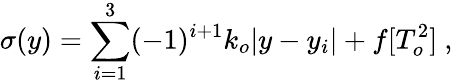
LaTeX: \sigma(y)=\sum_{i=1}^{3}(-1)^{i+1}k_{o}|y-y_{i}|+f[T_{o}^{2}]~,~\,